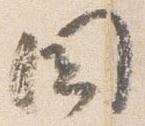
国